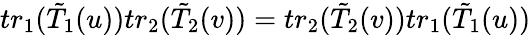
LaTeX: tr_{1}(\tilde{T}_{1}(u))tr_{2}(\tilde{T}_{2}(v))=tr_{2}(\tilde{T}_{2}(v))tr_{1}(\tilde{T}_{1}(u))